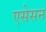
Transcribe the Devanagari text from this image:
एसेसन